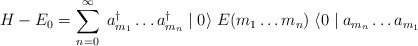
\begin{align*}H - E_{0} = \sum_{n=0}^{\infty} \;a^{\dagger}_{m_{1}} \ldots a^{\dagger}_{m_{n}}\mid 0 \rangle \; E(m_{1}\ldots m_{n} ) \; \langle 0 \mid a_{m_{n}} \ldots a_{m_{1}} \end{align*}